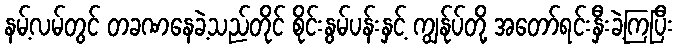
နမ့်လမ်တွင် တခဏနေခဲ့သည်တိုင် စိုင်းနွမ်ပန်းနှင့် ကျွန်ုပ်တို့ အတော်ရင်းနှီးခဲ့ကြပြီး